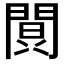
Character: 𮤔